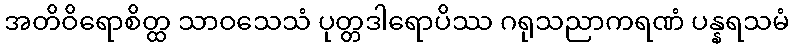
အတိဝိရောစိတ္ထ သာဝသေသံ ပုတ္တဒါရောပိဿ ဂရုသညာကရဏံ ပန္နရသမံ